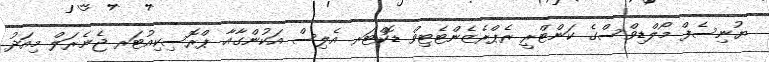
ޔުނިސެފް މޯލްޑިވްސްގެ ކަންޓްރީ ރެޕްރެޒެންޓެޓިވް ޑޮކްޓަރ އެލިސް އަކުންގާއާ ޕްރޮސިކިއުޓަރ ޖެނެރަލް މިއަދު